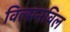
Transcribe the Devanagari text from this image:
विल्सनविल